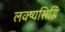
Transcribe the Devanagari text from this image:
लक्ष्यसिद्धि